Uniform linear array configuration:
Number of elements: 64
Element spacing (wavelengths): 1
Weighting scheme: uniform
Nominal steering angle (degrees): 30
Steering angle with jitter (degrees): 29.913
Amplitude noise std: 0.05
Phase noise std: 0.05

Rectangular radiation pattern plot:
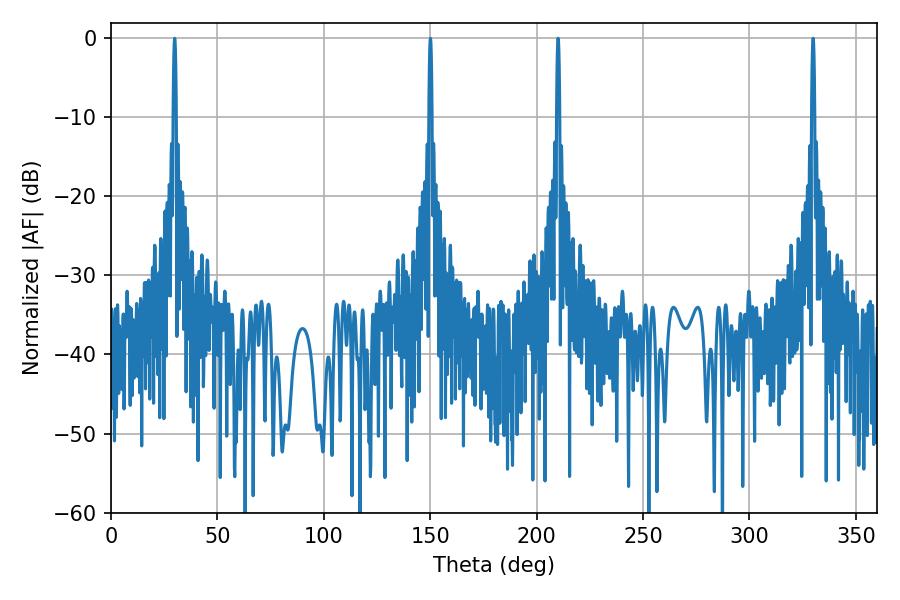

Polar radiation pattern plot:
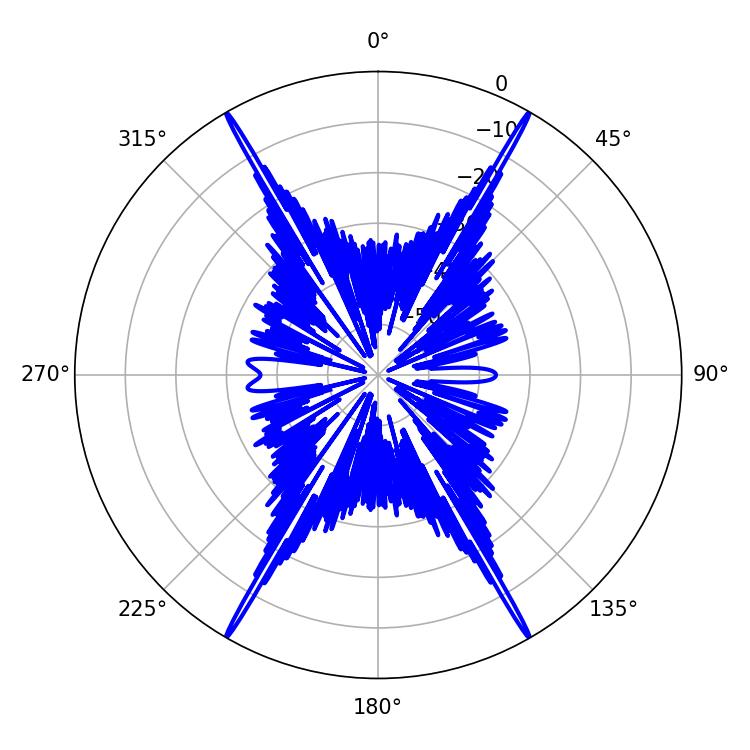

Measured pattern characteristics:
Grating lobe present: TRUE
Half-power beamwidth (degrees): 0.72
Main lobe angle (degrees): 210.06